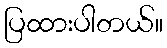
ပြထားပါတယ်။